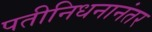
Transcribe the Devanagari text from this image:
पतीनिधनानंतर